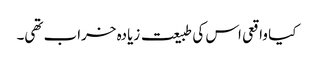
کیا واقعی اس کی طبیعت زیادہ خراب تھی۔